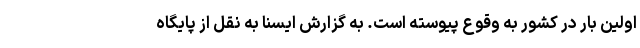
اولین بار در کشور به وقوع پیوسته است. به گزارش ایسنا به نقل از پایگاه